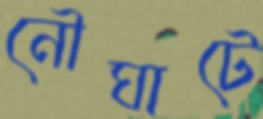
নৌঘাটে